Indian journal of veterinary science and animal husbandry - Volumes 22-23, 1952-1953
Year: 1952
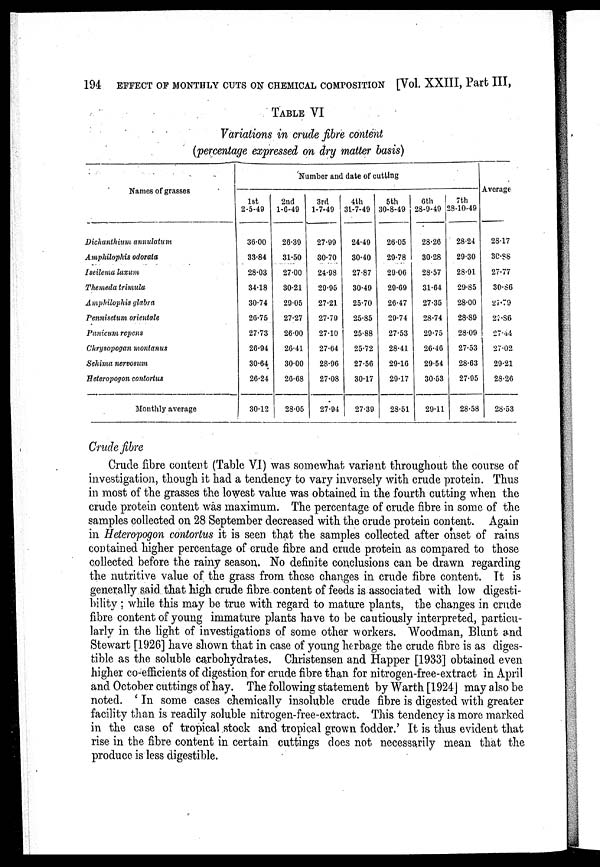
194
EFFECT OF MONTHLY CUTS ON CHEMICAL COMPOSITION [Vol. XXIII, Part III,
TABLE VI
Variations in crude fibre content
(percentage expressed on dry matter basis)
Names of grasses
Dichanthium annulatum
Amphilophis odorata
Iseilema laxum
Themeda trimula
Amphilophis glabra
Pennisetum orientale
Panicum repens
Chrysopogan montanus
Sehima nervosum
Heteropogon contortus
Monthly average
Number and date of cutting
1st
2-5-49
36.00
33.84
28.03
34.18
30.74
26.75
27.73
26.94
30.64
26.24
30.12
2nd
1-6-49
26.39
31.50
27.00
30.21
29.05
27.27
26.00
26.41
30.00
26.68
28.05
3rd
1-7-49
27.99
30.70
24.98
29.95
27.21
27.79
27.10
27.64
28.96
27.08
27.94
4th
31-7-49
24.49
30.40
27.87
30.49
25.70
25.85
25.88
25.72
27.56
30.17
27.39
5th
30-8-49
26.05
29.78
29.06
29.69
26.47
29.74
27.53
28.41
29.16
29.17
28.51
6th
28-9-49
28.26
30.28
28.57
31.64
27.35
28.74
29.75
26.46
29.54
30.53
29.11
7th
28-10-49
28.24
29.30
28.91
29.85
28.00
28.89
28.09
27.53
28.63
27.95
28.58
Average
28.17
30.88
27.77
30.86
27.79
27.86
27.44
27.02
29.21
28.26
28.53
Crude fibre
Crude fibre content (Table VI) was somewhat variant throughout the course of
investigation, though it had a tendency to vary inversely with crude protein. Thus
in most of the grasses the lowest value was obtained in the fourth cutting when the
crude protein content was maximum. The percentage of crude fibre in some of the
samples collected on 28 September decreased with the crude protein content. Again
in Heteropogon contortus it is seen that the samples collected after onset of rains
contained higher percentage of crude fibre and crude protein as compared to those
collected before the rainy season. No definite conclusions can be drawn regarding
the nutritive value of the grass from these changes in crude fibre content. It is
generally said that high crude fibre content of feeds is associated with low digesti-
bility ; while this may be true with regard to mature plants, the changes in crude
fibre content of young immature plants have to be cautiously interpreted, particu-
larly in the light of investigations of some other workers. Woodman, Blunt and
Stewart [1926] have shown that in case of young herbage the crude fibre is as diges-
tible as the soluble carbohydrates. Christensen and Happer [1933] obtained even
higher co-efficients of digestion for crude fibre than for nitrogen-free-extract in April
and October cuttings of hay. The following statement by Warth [1924] may also be
noted. ' In some cases chemically insoluble crude fibre is digested with greater
facility than is readily soluble nitrogen-free-extract. This tendency is more marked
in the case of tropical stock and tropical grown fodder.' It is thus evident that
rise in the fibre content in certain cuttings does not necessarily mean that the
produce is less digestible.